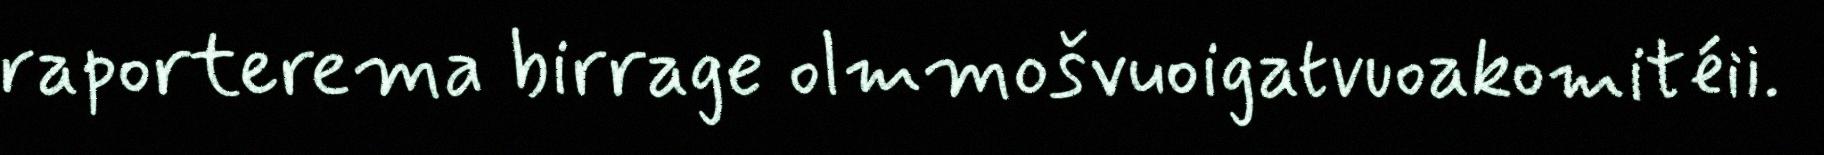
raporterema birrage olmmošvuoigatvuoakomitéii.